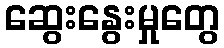
ဆွေးနွေးမှုတွေ